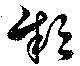
穎